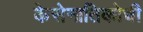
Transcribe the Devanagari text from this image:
केसेनातिकोची